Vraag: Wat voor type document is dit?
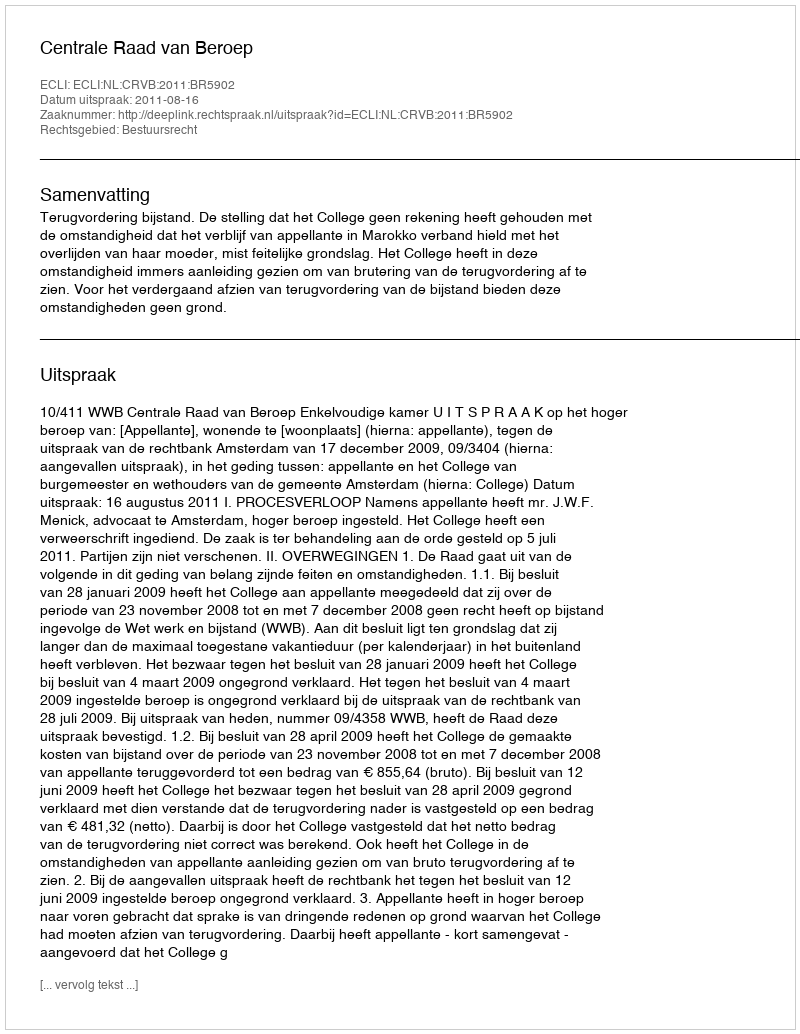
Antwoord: Uitspraak